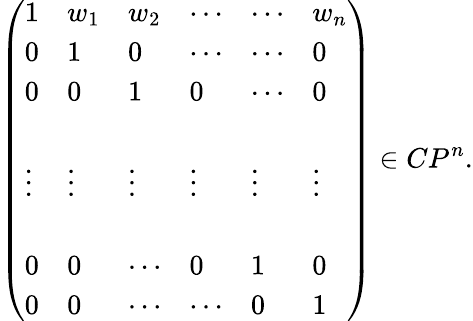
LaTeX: \left(\begin{array}{llllll}{{1}}&{{w_{1}}}&{{w_{2}}}&{{\cdots}}&{{\cdots}}&{{w_{n}}}\\ {{0}}&{{1}}&{{0}}&{{\cdots}}&{{\cdots}}&{{0}}\\ {{0}}&{{0}}&{{1}}&{{0}}&{{\cdots}}&{{0}}\\ {{}}&{{}}&{{}}&{{}}&{{}}&{{}}\\ {{\vdots}}&{{\vdots}}&{{\vdots}}&{{\vdots}}&{{\vdots}}&{{\vdots}}\\ {{}}&{{}}&{{}}&{{}}&{{}}&{{}}\\ {{0}}&{{0}}&{{\cdots}}&{{0}}&{{1}}&{{0}}\\ {{0}}&{{0}}&{{\cdots}}&{{\cdots}}&{{0}}&{{1}}\end{array}\right)\in CP^{n}.